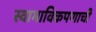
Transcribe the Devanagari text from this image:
स्वाभाविकपणाची